Elephants and their diseases
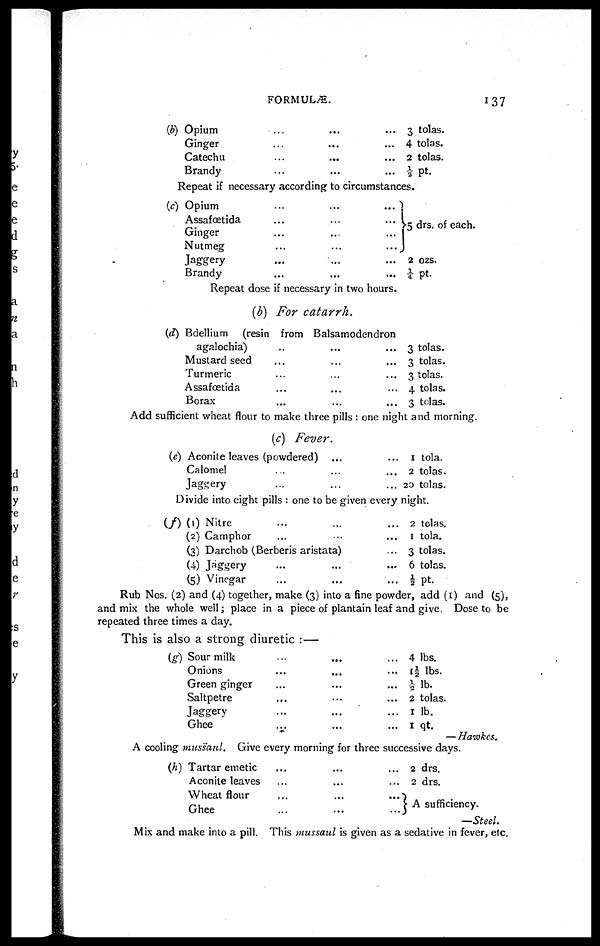
FORMULÆ.
137
(b) Opium ... ... ...
Ginger ... ... ...
Catechu ... ... ...
Brandy ... ... ...
3 tolas.
4 tolas.
2 tolas.
⅓ Pt.
Repeat if necessary according to circumstances.
(c) Opium ... ... ...
Assafœtida ... ... ...
Ginger ... ... ...
Nutmeg ... ... ...
Jaggery ... ... ...
Brandy ... ... ...
}5 drs. of each.
2 ozs.
¼ pt.
Repeat dose if necessary in two hours.
(b) For catarrh.
(d) Bdellium (resin from Balsamodendron
agalochia)
Mustard seed
Turmeric
Assafœtida
Borax
3 tolas.
3 tolas.
3 tolas.
4 tolas.
3 tolas.
Add sufficient wheat flour to make three pills : one night and morning.
(c) Fever.
(e) Aconite leaves (powdered)...
Calomel......
Jaggery......
1 tola.
2 tolas.
20 tolas.
Divide into eight pills : one to be given every night.
(f) (1) Nitre...
(2)
Camphor......
(3) Darchob (Berberis aristata)...
(4)
Jaggery......
(5)
Vinegar......
2 tolas.
1 tola.
3 tolas.
6 tolas.
½ Pt.
Rub Nos. (2) and (4) together, make (3) into a fine powder, add (1) and (5),
and mix the whole well; place in a piece of plantain leaf and give. Dose to be
repeated three times a day.
This is also a strong diuretic :—
(g)
Sour milk ... ... ...
Onions ... ... ...
Green ginger ... ... ...
Saltpetre ... ... ...
Jaggery ... ... ...
Ghee ... ... ...
4 lbs.
1½ lbs.
½ lb.
2 tolas.
1 lb.
1 qt.
—Hawkes.
A cooling mussaul. Give every morning for three successive days.
(h) Tartar emetic ... ...
Aconite leaves ... ...
Wheat flour ... ...
Ghee ... ...
2 drs.
2 drs.
} A sufficiency.
—Steel.
Mix and make into a pill. This mussaul is given as a sedative in fever, etc.